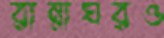
রান্নাঘরও